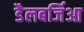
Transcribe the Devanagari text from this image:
डैलबर्जिआ